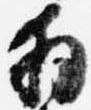
拝